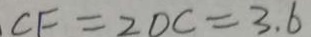
C F = 2 D C = 3 . 6